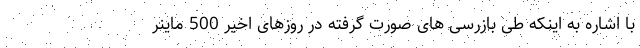
با اشاره به اینکه طی بازرسی های صورت گرفته در روزهای اخیر 500 ماینر